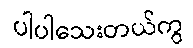
ပါပါသေးတယ်ကွ